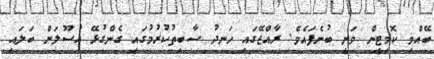
ބޭއްވި ކޮމިޓީން ވަނީ ބުނެފައެވެ. ރާއްޖޭގައި ހަނދު ސާބިތުކުރުމުގައި ގެންގުޅޭ އުސޫލަށް ބަލައި